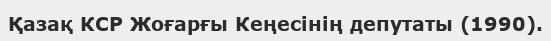
Қазақ КСР Жоғарғы Кеңесінің депутаты (1990).